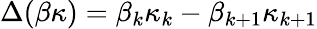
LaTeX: \Delta(\beta\kappa)=\beta_{k}\kappa_{k}-\beta_{k+1}\kappa_{k+1}